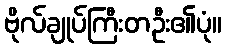
ဗိုလ်ချုပ်ကြီးတဦး၏ပုံ။